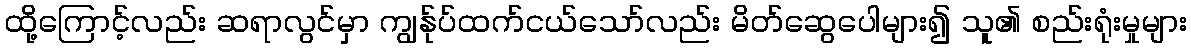
ထို့ကြောင့်လည်း ဆရာလွင်မှာ ကျွန်ုပ်ထက်ငယ်သော်လည်း မိတ်ဆွေပေါများ၍ သူ၏ စည်းရုံးမှုများ